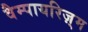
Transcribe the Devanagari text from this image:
वैम्पायरिज़्म